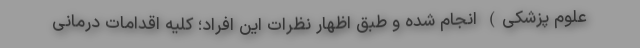
علوم پزشکی) انجام شده و طبق اظهار نظرات این افراد؛ کلیه اقدامات درمانی